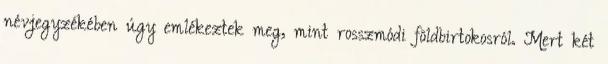
névjegyzékében úgy emlékeztek meg, mint rosszmódi földbirtokosról. Mert két